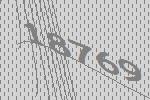
18769